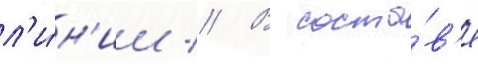
л'и́н'ии // В соста́в'е